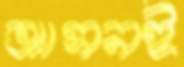
আসনই